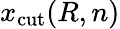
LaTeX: x_{\mathrm{cut}}(R,n)